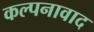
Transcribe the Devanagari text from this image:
कल्पनावाद